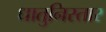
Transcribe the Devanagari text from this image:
धातुनिस्तार